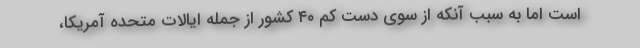
است اما به سبب آنکه از سوی دست کم ۴۰ کشور از جمله ایالات متحده آمریکا،